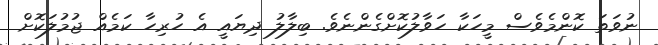
ނުވަތަ ކޮންމެވެސް މީހަކާ ހަވާލުކޮށްގެންނެވެ. ބިލާލު ދިޔައީ އެ ހުރިހާ ކަމެއް ޖުމުލަކޮށް